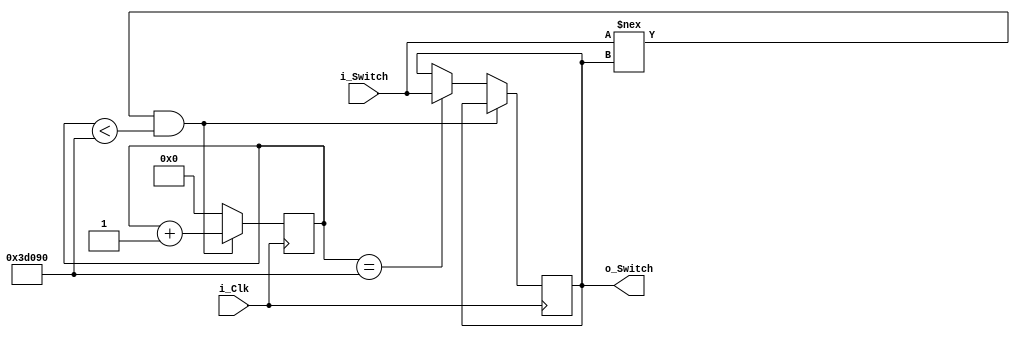
module Debounce_Switch (
  input i_Clk,
  input i_Switch,
  output o_Switch
  );
  
  parameter DEBOUNCE_LIMIT = 250000;
  
  reg r_State = 1'b0;
  reg [17:0] r_Count = 0;
  
  
  always @(posedge i_Clk) begin
    if (i_Switch !== r_State && r_Count < DEBOUNCE_LIMIT)
      r_Count <= r_Count + 1;
    else if (r_Count == DEBOUNCE_LIMIT) begin
      r_Count <= 0;
      r_State <= i_Switch;
    end else
      r_Count <= 0;
  end
  
  assign o_Switch = r_State;
  
endmodule